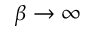
\beta \to \infty